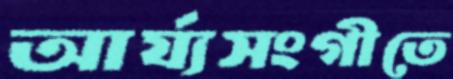
আর্য্যসংগীতে